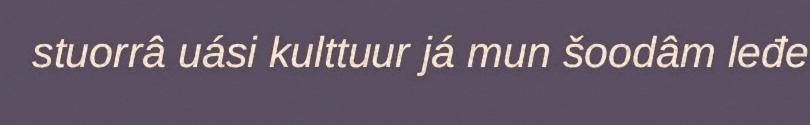
stuorrâ uási kulttuur já mun šoodâm leđe